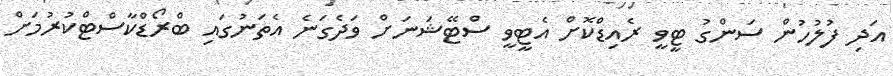
އަދި ފުލުހުން ސަންގު ޓީވީ ރެއިޑްކޮށް އެޓީވީ ސްޓޭޝަނަށް ވަދެގަނެ އެތަނުގައި ބްރޯޑްކާސްޓްކުރުމަށް